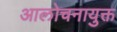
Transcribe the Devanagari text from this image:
आलोचनायुक्त